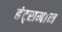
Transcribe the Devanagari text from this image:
हंट्समान